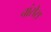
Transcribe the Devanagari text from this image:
चांसेस